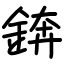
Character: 錛